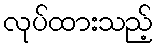
လုပ်ထားသည့်